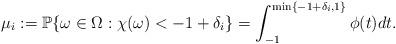
LaTeX: \begin{align*}\mu_i :=\mathbb P\{\omega \in \Omega: \chi(\omega) < -1 + \delta_i \}=\int_{-1}^{\min\{-1+\delta_i,1\}} \phi(t)dt.\end{align*}